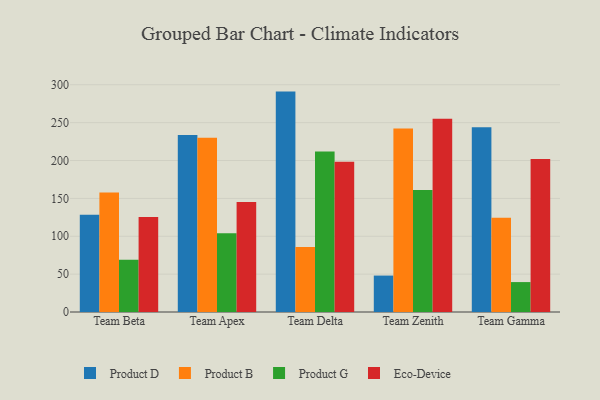
{"axis": {"x": "Team", "y": "LTV (USD)"}, "legend": ["Eco-Device", "Product B", "Product D", "Product G"], "data": [{"x": "Team Beta", "y": 128.4, "type": "Product D"}, {"x": "Team Beta", "y": 157.9, "type": "Product B"}, {"x": "Team Beta", "y": 69.0, "type": "Product G"}, {"x": "Team Beta", "y": 125.3, "type": "Eco-Device"}, {"x": "Team Apex", "y": 233.6, "type": "Product D"}, {"x": "Team Apex", "y": 230.0, "type": "Product B"}, {"x": "Team Apex", "y": 104.0, "type": "Product G"}, {"x": "Team Apex", "y": 145.3, "type": "Eco-Device"}, {"x": "Team Delta", "y": 291.0, "type": "Product D"}, {"x": "Team Delta", "y": 85.7, "type": "Product B"}, {"x": "Team Delta", "y": 212.0, "type": "Product G"}, {"x": "Team Delta", "y": 198.5, "type": "Eco-Device"}, {"x": "Team Zenith", "y": 48.1, "type": "Product D"}, {"x": "Team Zenith", "y": 242.4, "type": "Product B"}, {"x": "Team Zenith", "y": 161.1, "type": "Product G"}, {"x": "Team Zenith", "y": 255.0, "type": "Eco-Device"}, {"x": "Team Gamma", "y": 244.0, "type": "Product D"}, {"x": "Team Gamma", "y": 124.5, "type": "Product B"}, {"x": "Team Gamma", "y": 39.5, "type": "Product G"}, {"x": "Team Gamma", "y": 201.9, "type": "Eco-Device"}]}